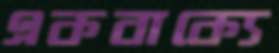
একবাক্যে